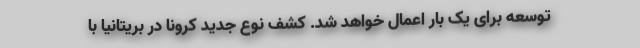
توسعه برای یک بار اعمال خواهد شد. کشف نوع جدید کرونا در بریتانیا با